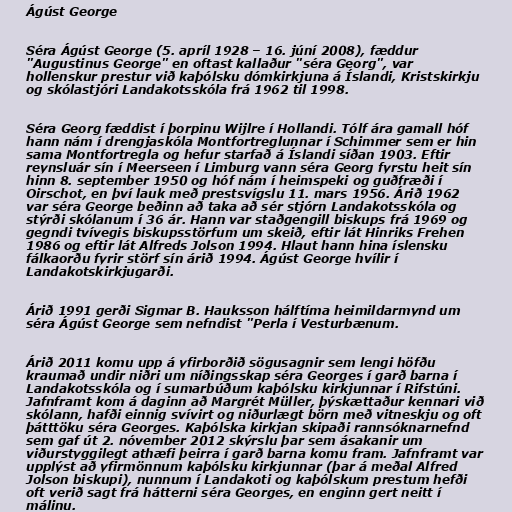
Ágúst George

Séra Ágúst George (5. apríl 1928 – 16. júní 2008), fæddur
"Augustinus George" en oftast kallaður "séra Georg", var
hollenskur prestur við kaþólsku dómkirkjuna á Íslandi, Kristskirkju
og skólastjóri Landakotsskóla frá 1962 til 1998.

Séra Georg fæddist í þorpinu Wijlre í Hollandi. Tólf ára gamall hóf
hann nám í drengjaskóla Montfortreglunnar í Schimmer sem er hin
sama Montfortregla og hefur starfað á Íslandi síðan 1903. Eftir
reynsluár sín í Meerseen í Limburg vann séra Georg fyrstu heit sín
hinn 8. september 1950 og hóf nám í heimspeki og guðfræði í
Oirschot, en því lauk með prestsvígslu 11. mars 1956. Árið 1962
var séra George beðinn að taka að sér stjórn Landakotsskóla og
stýrði skólanum í 36 ár. Hann var staðgengill biskups frá 1969 og
gegndi tvívegis biskupsstörfum um skeið, eftir lát Hinriks Frehen
1986 og eftir lát Alfreds Jolson 1994. Hlaut hann hina íslensku
fálkaorðu fyrir störf sín árið 1994. Ágúst George hvílir í
Landakotskirkjugarði.

Árið 1991 gerði Sigmar B. Hauksson hálftíma heimildarmynd um
séra Ágúst George sem nefndist "Perla í Vesturbænum.

Árið 2011 komu upp á yfirborðið sögusagnir sem lengi höfðu
kraumað undir niðri um níðingsskap séra Georges í garð barna í
Landakotsskóla og í sumarbúðum kaþólsku kirkjunnar í Rifstúni.
Jafnframt kom á daginn að Margrét Müller, þýskættaður kennari við
skólann, hafði einnig svívirt og niðurlægt börn með vitneskju og oft
þátttöku séra Georges. Kaþólska kirkjan skipaði rannsóknarnefnd
sem gaf út 2. nóvember 2012 skýrslu þar sem ásakanir um
viðurstyggilegt athæfi þeirra í garð barna komu fram. Jafnframt var
upplýst að yfirmönnum kaþólsku kirkjunnar (þar á meðal Alfred
Jolson biskupi), nunnum í Landakoti og kaþólskum prestum hefði
oft verið sagt frá hátterni séra Georges, en enginn gert neitt í
málinu.